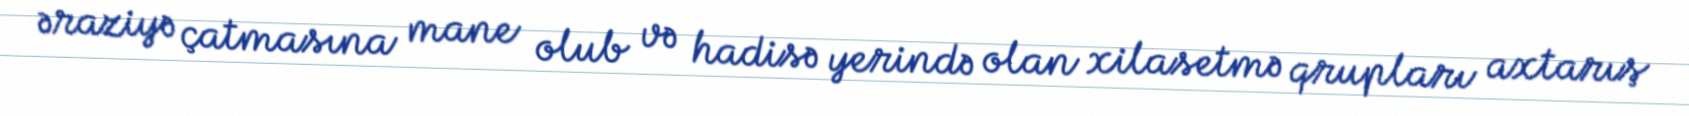
əraziyə çatmasına mane olub və hadisə yerində olan xilasetmə qrupları axtarış